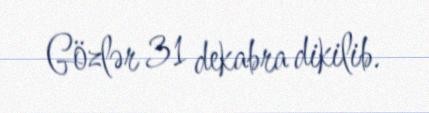
Gözlər 31 dekabra dikilib.